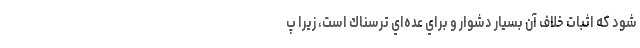
شود كه اثبات خلاف آن بسيار دشوار و براي عده‌اي ترسناك است، زيرا پ